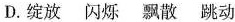
D. 绽放 闪烁 飘散 跳动